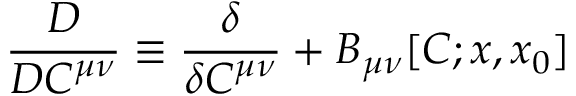
\frac { D } { D C ^ { \mu \nu } } \equiv \frac { \delta } { \delta C ^ { \mu \nu } } + B _ { \mu \nu } [ C ; x , x _ { 0 } ]